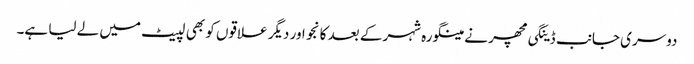
دوسری جانب ڈینگی مچھر نے مینگورہ شہر کے بعد کانجو اور دیگر علاقوں کو بھی لپیٹ میں لے لیا ہے۔